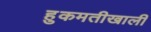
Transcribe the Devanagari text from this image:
हुकमतीखाली